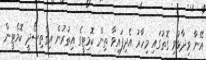
އޭނާ ވިދާޅުވި ގޮތުގައި މިހާރު އެދިފައިވާ ތިން ކޮމިޓީގެ އިތުރުން އިގްތިސޯދީ ކޮމެޓީން